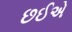
છઈએ